Vaccination North-Western Provinces and Oudh 1896-1901 - 1896-1901
Year: 1896
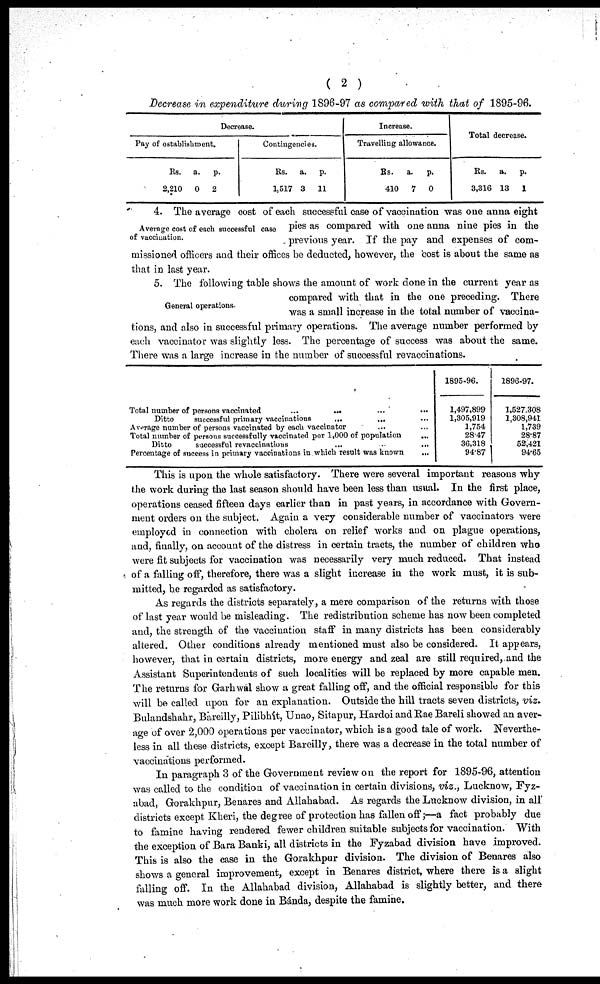
( 2 )
Decrease in expenditure during 1896-97 as compared with that of 1895-96.
Decrease.
Pay of establishment.
Rs.
2,210
a.
0
p.
2
Contingencies.
Rs.
1,517
a.
3
p.
11
Increase.
Travelling allowance.
Rs.
410
a.
7
p.
0
Total decrease.
Rs.
3,316
a.
13
p.
1
Average cost of each successful case
of vaccination.
4. The average cost of each successful case of vaccination was one anna eight
pies as compared with one anna nine pies in the
previous year. If the pay and expenses of com-
missioned officers and their offices be deducted, however, the cost is about the same as
that in last year.
General operations.
5. The following table shows the amount of work done in the current year as
compared with that in the one preceding. There
was a small increase in the total number of vaccina-
tions, and also in successful primary operations. The average number performed by
each vaccinator was slightly less. The percentage of success was about the same.
There was a large increase in the number of successful revaccinations.
Total number of persons vaccinated
...
... ... ...
Ditto
successful primary vaccinations
...
... ...
Average number of persons vaccinated by each vaccinator ... ...
Total number of persons successfully vaccinated per 1,000 of population
...
Ditto
successful revaccinations
...
...
...
Percentage of success in primary vaccinations in which result was known
...
1895-96.
1,497,899
1,305,919
1,754
28.47
36,318
94.87
1896-97.
1,527,308
1,308,941
1,739
28.87
52,421
94.65
This is upon the whole satisfactory. There were several important reasons why
the work during the last season should have been less than usual. In the first place,
operations ceased fifteen days earlier than in past years, in accordance with Govern-
ment orders on the subject. Again a very considerable number of vaccinators were
employed in connection with cholera on relief works and on plague operations,
and, finally, on account of the distress in certain tracts, the number of children who
were fit subjects for vaccination was necessarily very much reduced. That instead
of a falling off, therefore, there was a slight increase in the work must, it is sub-
mitted, be regarded as satisfactory.
As regards the districts separately, a mere comparison of the returns with those
of last year would be misleading. The redistribution scheme has now been completed
and, the strength of the vaccination staff in many districts has been considerably
altered. Other conditions already mentioned must also be considered. It appears,
however, that in certain districts, more energy and zeal are still required, and the
Assistant Superintendents of such localities will be replaced by more capable men.
The returns for Garhwal show a great falling off, and the official responsible for this
will be called upon for an explanation. Outside the hill tracts seven districts, viz.
Bulandshahr, Bareilly, Pilibhít, Unao, Sitapur, Hardoi and Rae Bareli showed an aver-
age of over 2,000 operations per vaccinator, which is a good tale of work. Neverthe-
less in all these districts, except Bareilly, there was a decrease in the total number of
vaccinations performed.
In paragraph 3 of the Government review on the report for 1895-96, attention
was called to the condition of vaccination in certain divisions, viz., Lucknow, Fyz¬
abad, Gorakhpur, Benares and Allahabad. As regards the Lucknow division, in all
districts except Kheri, the degree of protection has fallen off;—a fact probably due
to famine having rendered fewer children suitable subjects for vaccination. With
the exception of Bara Banki, all districts in the Fyzabad division have improved.
This is also the case in the Gorakhpur division. The division of Benares also
shows a general improvement, except in Benares district, where there is a slight
falling off. In the Allahabad division, Allahabad is slightly better, and there
was much more work done in Bánda, despite the famine.